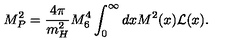
M _ { P } ^ { 2 } = \frac { 4 \pi } { m _ { H } ^ { 2 } } M _ { 6 } ^ { 4 } \int _ { 0 } ^ { \infty } d x M ^ { 2 } ( x ) { \cal L } ( x ) .